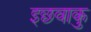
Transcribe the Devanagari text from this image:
इछवाकु